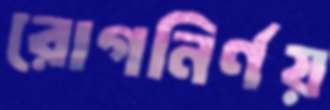
রোগনির্ণয়